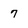
Character: 7